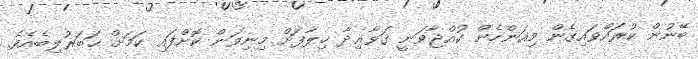
ބޭނުން ކުރައްވައިގެން މިއަންހެން ކުއްޖާވަނީ ޤަވާޢިދާ ޚިލާފަށް މިނިވަން ކޮށްފައި ކަމަށް ޚަބަރުލިބެއެވެ.